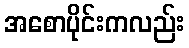
အစောပိုင်းကလည်း